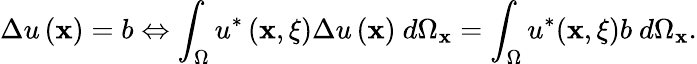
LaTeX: \Delta u\left(\mathbf{x}\right)=b\Leftrightarrow\int_{\Omega}u^{*}\left(\mathbf{x},{\mathbf\xi}\right)\Delta u\left(\mathbf{x}\right)\ d\Omega_{\mathbf{x}}=\int_{\Omega}u^{*}(\mathbf{x},{\mathbf\xi})b\ d\Omega_{\mathbf{x}}.